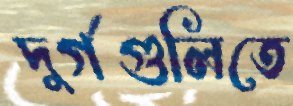
দুর্গগুলিতে